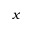
x